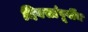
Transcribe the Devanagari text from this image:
दिवसांपूर्वीच